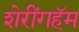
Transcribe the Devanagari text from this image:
शेरींगहॅम